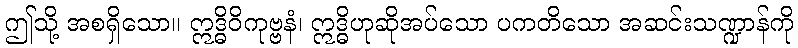
ဤသို့ အစရှိသော။ ဣဒ္ဓိဝိကုဗ္ဗနံ၊ ဣဒ္ဓိဟုဆိုအပ်သော ပကတိသော အဆင်းသဏ္ဍာန်ကို